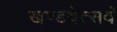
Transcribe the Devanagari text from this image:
खण्डयेत्सर्वं